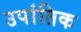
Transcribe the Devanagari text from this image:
उपांतिक